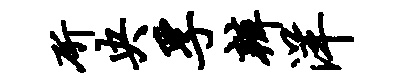
斫央孚辨洋